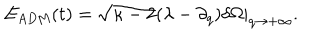
LaTeX: E _ { \mathrm { A D M } } ( t ) = \sqrt { \kappa - 2 } ( \lambda - \partial _ { q } ) \delta \Omega | _ { q \rightarrow + \infty } .